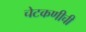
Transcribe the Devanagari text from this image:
चेटकणीची